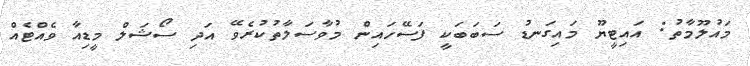
މައުލޫމާތު: އައިޓީޔޫ މައިގަނޑު ސަބަބަކީ ފަސޭހައިން މުވާސަލާތުކުރެވޭ އަދި ސޯޝަލް މީޑިއާ ވެއްޓެއް